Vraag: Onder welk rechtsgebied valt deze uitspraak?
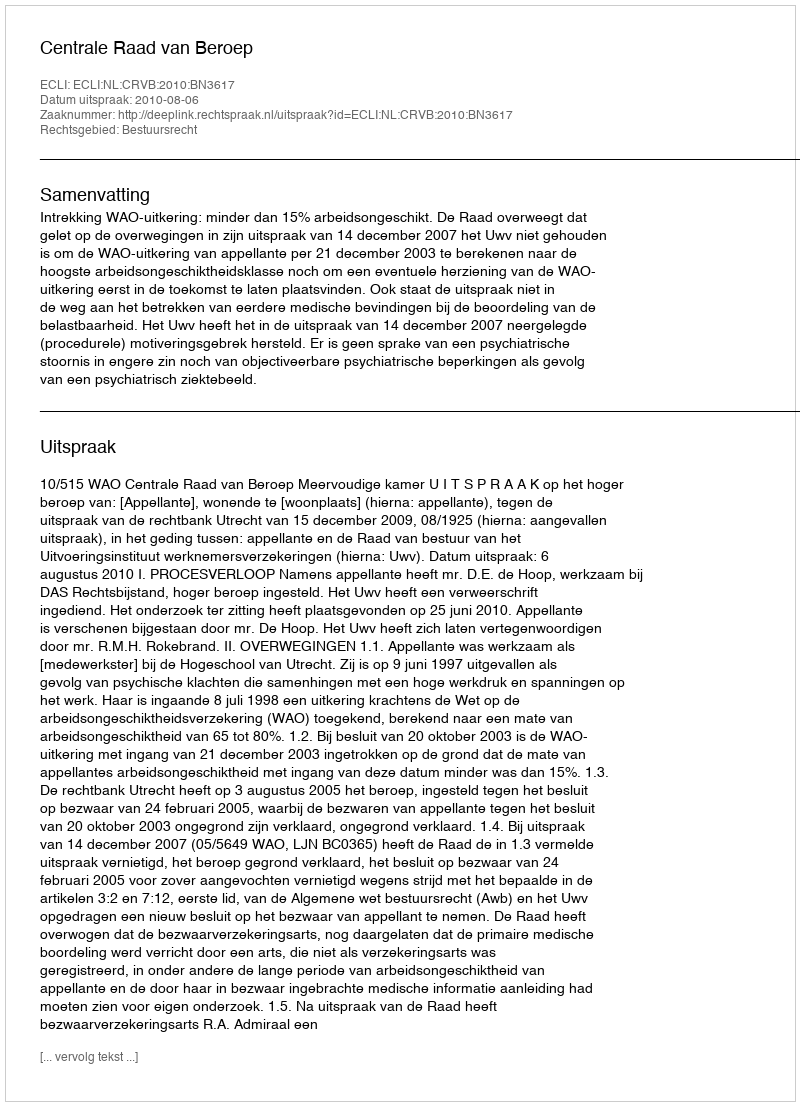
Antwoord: Bestuursrecht